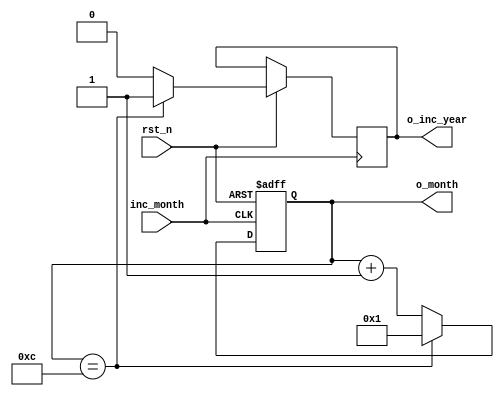
module months (
    input rst_n,
    input inc_month,
    output [3:0] o_month,
    output o_inc_year
);

  // Internal logic
  reg [3:0] months_cnt;
  reg inc_year;

  always @(posedge inc_month or negedge rst_n) begin
    if (!rst_n) begin
      months_cnt <= 5'd1;
    
    end else begin
      if (months_cnt == 5'd12) begin
        months_cnt <= 5'd1;
        inc_year   <= 1;

      end else begin
        months_cnt <= months_cnt + 1'b1;
        inc_year   <= 0;
      end
    end
  end

  assign o_inc_year = inc_year;
  assign o_month = months_cnt;
endmodule